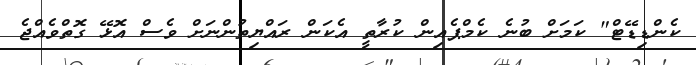
ކެންޑިޑޭޓް" ކަމަށް ބުނެ ކެމްޕެއިން ކުރާތީ އެކަން ރައްޔިތުންނަށް ވެސް އޮޅޭ ގޮތްވެއްޖެ